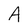
Character: A